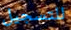
للتسجيل